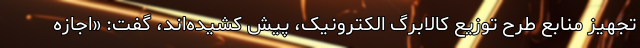
تجهیز منابع طرح توزیع کالابرگ الکترونیک، پیش کشیده‌اند، گفت: «اجازه